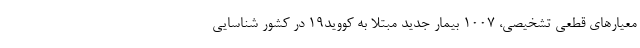
معیارهای قطعی تشخیصی، ۱۰۰۷ بیمار جدید مبتلا به کووید۱۹ در کشور شناسایی